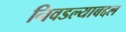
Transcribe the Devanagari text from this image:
निवडल्याबद्दल